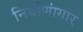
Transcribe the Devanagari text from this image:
निर्वाणांगार